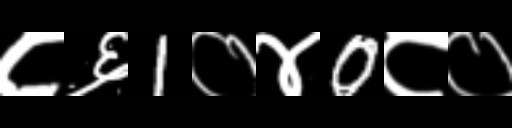
Text: ८६1०४0८०